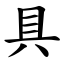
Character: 具